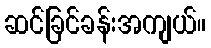
ဆင်ခြင်ခန်းအကျယ်။